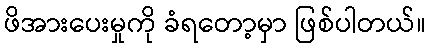
ဖိအားပေးမှုကို ခံရတော့မှာ ဖြစ်ပါတယ်။